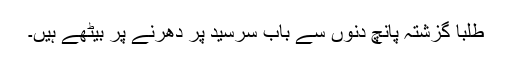
طلبا گزشتہ پانچ دنوں سے باب سرسید پر دھرنے پر بیٹھے ہیں۔